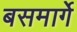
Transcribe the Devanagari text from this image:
बसमार्गे